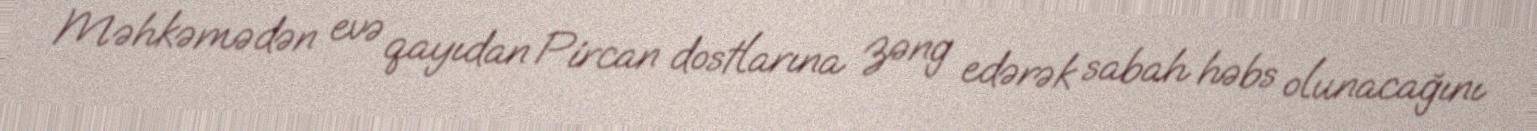
Məhkəmədən evə qayıdan Pircan dostlarına zəng edərək sabah həbs olunacağını